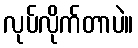
လုပ်လိုက်တာပဲ။